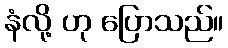
နံလို့ ဟု ပြောသည်။